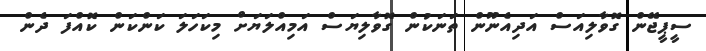
ސީޕީޖޭން ގޮވާލިއަސް އަދިއެނޫން ތަނަކުން ގޮވާލިޔަސް އަމިއްލަޔަށް މިކަހަލަ ކަންކަން ކޮއްފަ ދެން